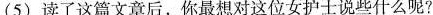
(5)读了这篇文章后，你最想对这位女护士说些什么呢?